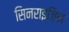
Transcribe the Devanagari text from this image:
सिनराइज़िन